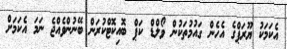
އެކަމަކު ޔޫރަޕްގެ އެހެން ގައުމުތަކުން ވޯލްޑް ކަޕް ބޮއިކޮޓްކުރަން ބޭނުންވެއްޖެ ނަމަ އެކަމަށް